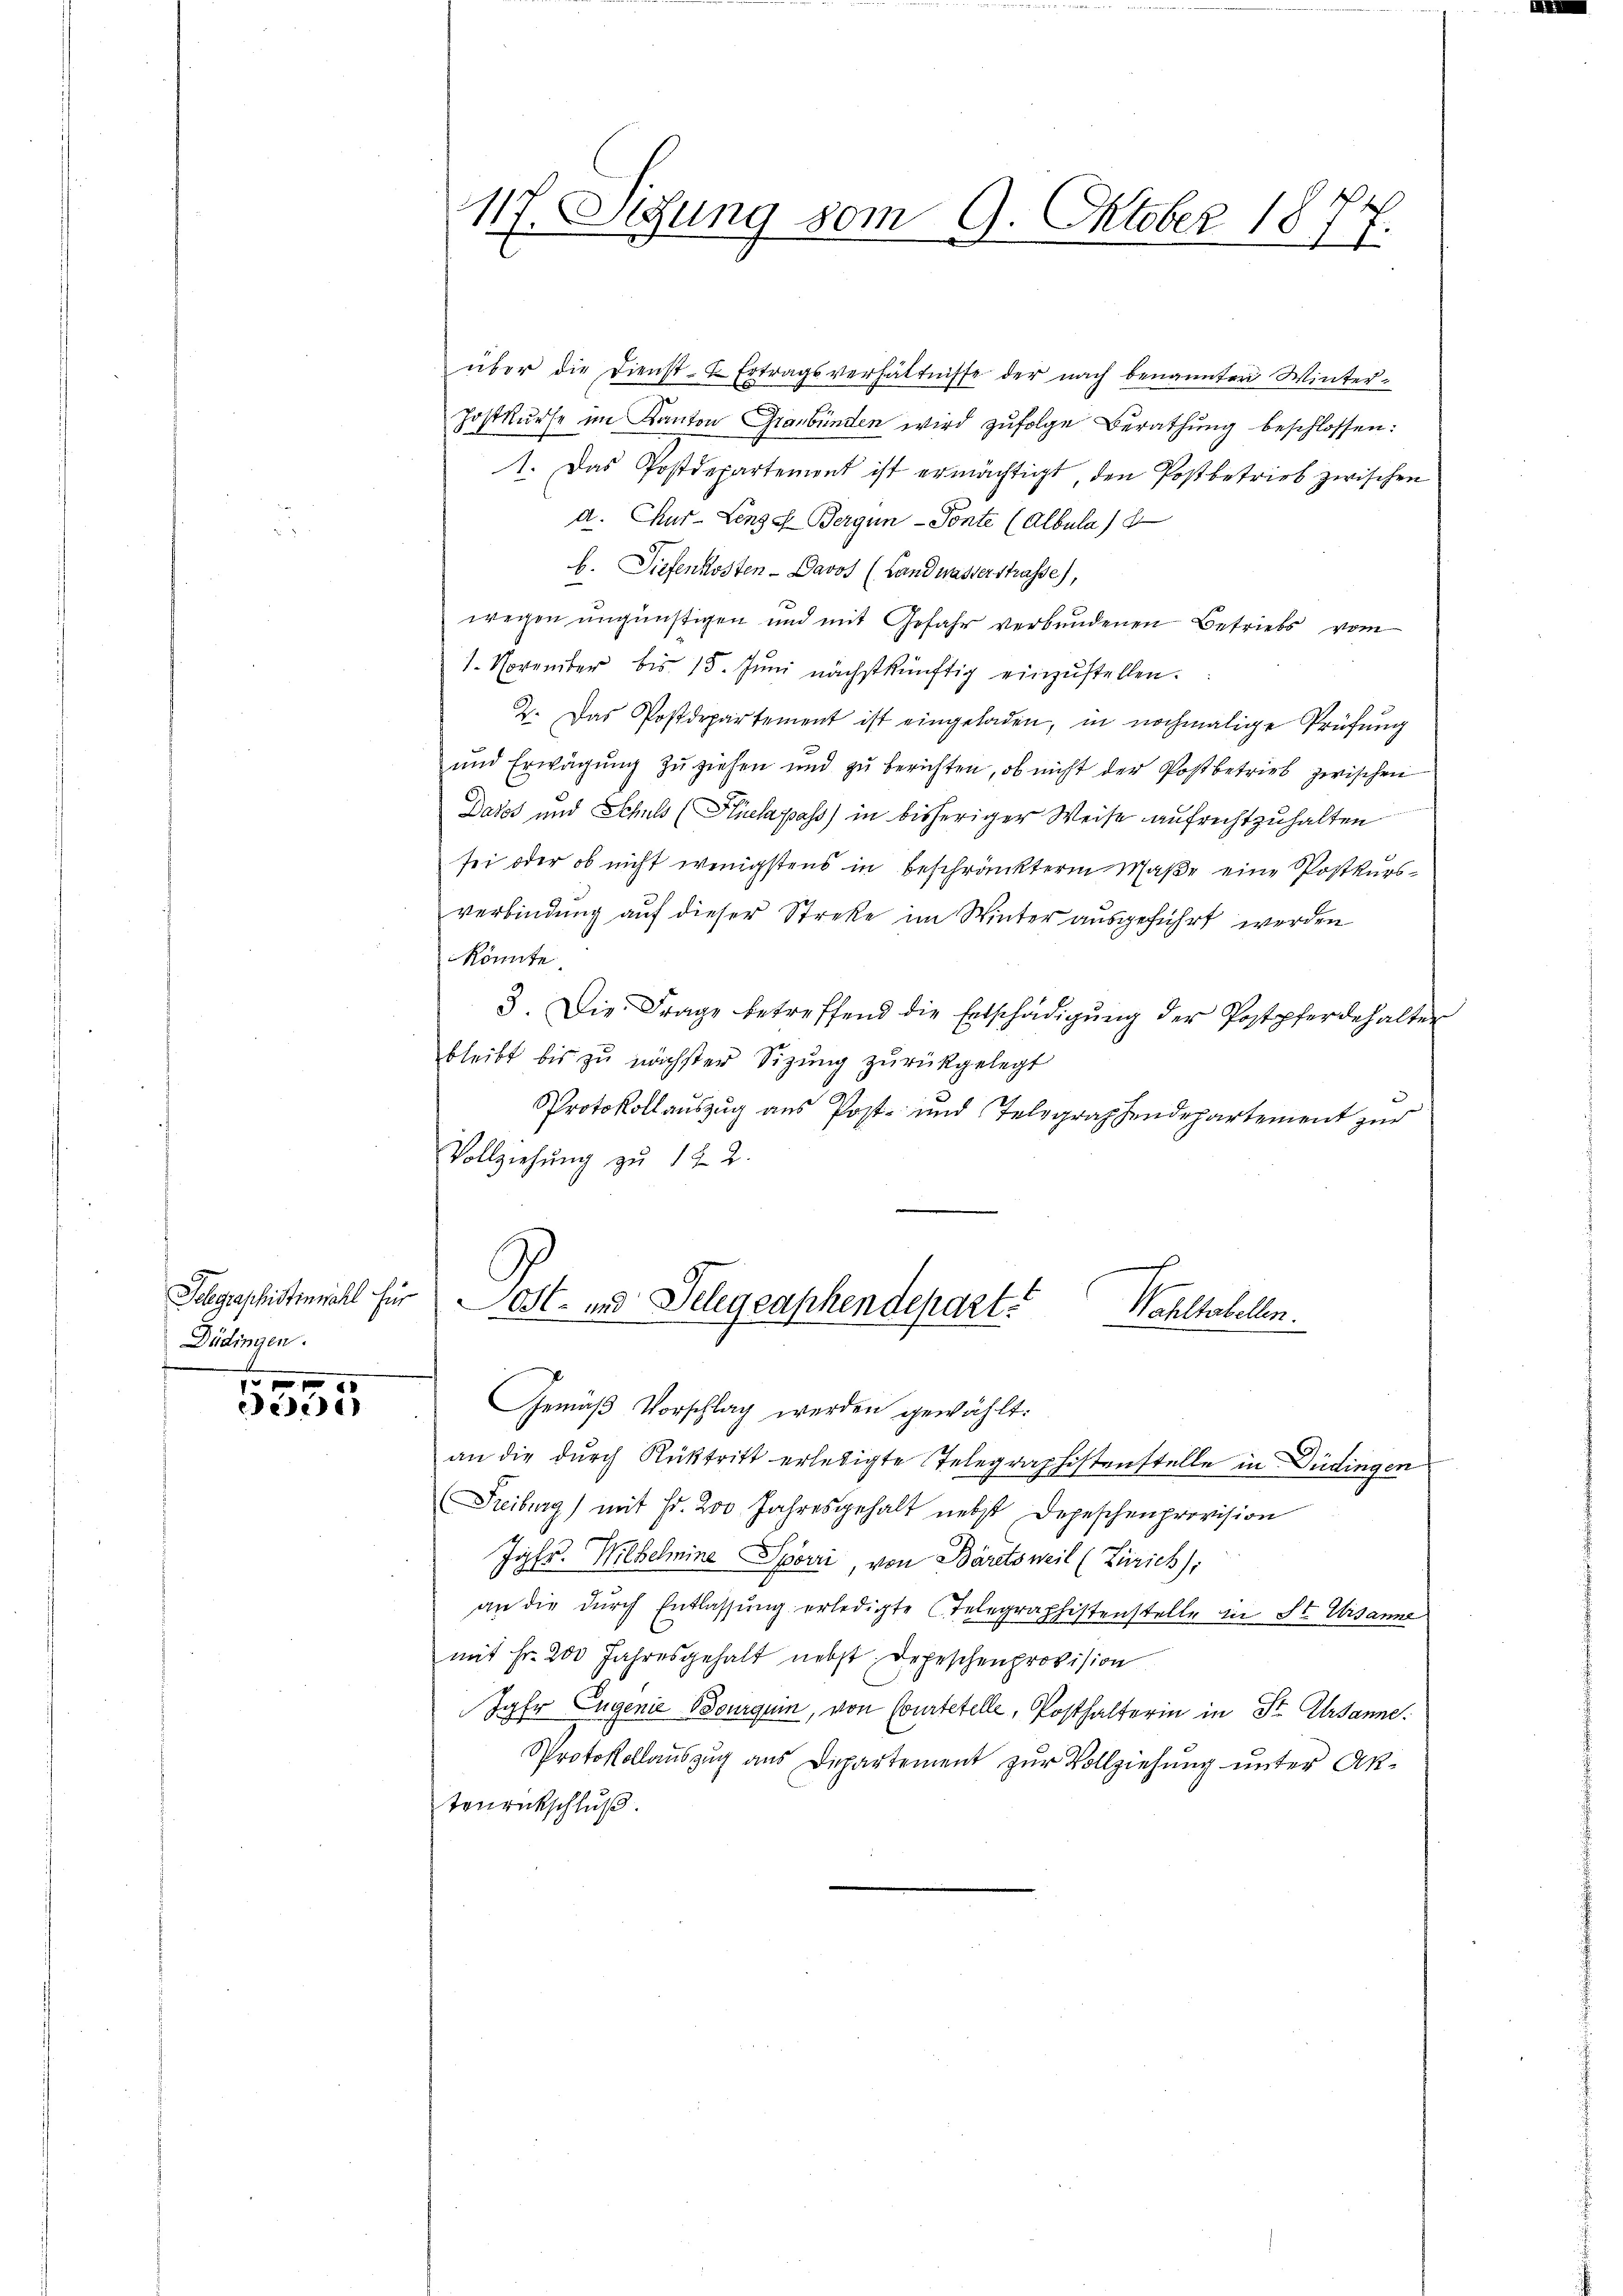
Schgraschistenwahl für
Düdingen.

f 0 x
e

über die Dienst-E Ertragsverhältnisse der nach benannten Winter-
Jostkŭrse im Kanton Graubünden wird zŭfolge Berathung beschlossen:
1. Das Postdepartement ist ermächtigt, den Postbetrieb zwischen
d. Chur- Lenze Bergen - Sonte (Albula d
b. Tiefenkosten - Davos (Landwasserstrasse),
wegen ungünstigen und mit Gefahr verbundenen Betriebs vom
1. November bis 15. Jŭni nächstkünftig einzŭstellen.
2. Das Postdepartement ist eingeladen, in nochmalige Prüfung
und Erwägung zu ziehen und zu berichten, ob nicht der Post betrieb zwischen
Dasos und Schuls (Hüelapass) in bisheriger Weise aufrechtzuhalten
sei oder ob nicht wenigstens in beschränkterm Maße eine Postkursverbindung auf dieser Streke im Winter ausgeführt werden
könnte.
3. Die Frage betreffend die Entschädigŭng der Postpferdehalter
bleibt bis zŭ nächster Sitzŭng zŭrückgelegt
Protokollauszug aus Post- und Telegraphendepartement zur
Vollziehŭng zu 122.

117. Setzung vom 9. Oktober 1877.

Ost- und Telegraphendepart.
Wohltabellen.

Gemäß Vorschlag werden gewählt:
an die durch Rücktritt erledigte Telegraphistenstelle in Düdingen
Freiburg) mit Fr. 200 Jahresgehalt nebst Depeschenprovision
Jahr. Wilhelmine Spörri, von Bäretsweil (Zürich:
an die durch Entlassung erledigte Telegraphistenstelle in St. Ursanne
mit Fr. 200 Jahresgehalt nebst Depeschenprovision
Jahr Eugenie Bourgum, von Courtetelle, Posthalterin in St. Ursanne.
Protokollauszug aus Departement zur Vollziehung unter Aktonrückschluß.